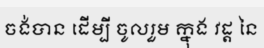
ចង់បាន ដើម្បី ចូលរួម ក្នុង វដ្ត នៃ